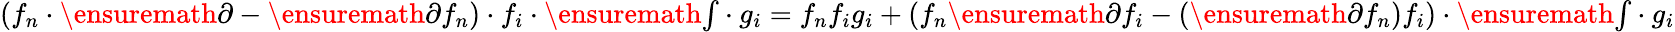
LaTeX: (f_{n}\cdot\ensuremath{\partial}-\ensuremath{\partial}{f_{n}})\cdot{f_{i}}\cdot\ensuremath{{\textstyle\int}}\cdot{g_{i}}=f_{n}f_{i}g_{i}+(f_{n}\ensuremath{\partial}{f_{i}}-(\ensuremath{\partial}{f_{n}})f_{i})\cdot\ensuremath{{\textstyle\int}}\cdot{g_{i}}